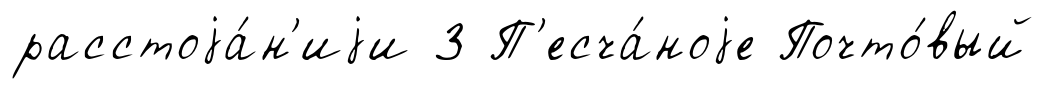
расстоjа́н'иjи 3 П'есча́ноjе Почто́вый